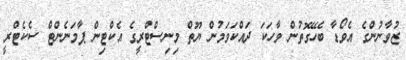
ޒުވާނުންގެ އެވޯޑާ ބެހޭގޮތުން ވާހަކަ ދައްކަވަމުން ޔޫތް މިނިސްޓްރީގެ އެކްޓިން ޕާމަނެންޓް ސެކެޓްރީ